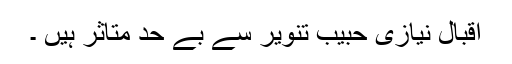
اقبال نیازی حبیب تنویر سے بے حد متاثر ہیں ۔